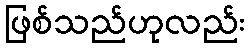
ဖြစ်သည်ဟုလည်း